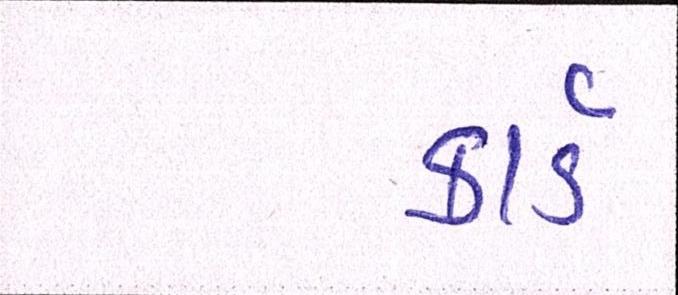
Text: કાર્ડ